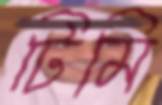
টিমি